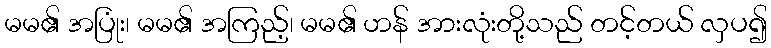
မမ၏ အပြုံး၊ မမ၏ အကြည့်၊ မမ၏ ဟန် အားလုံးတို့သည် တင့်တယ် လှပ၍